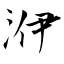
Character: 洢